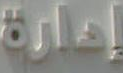
إدارة